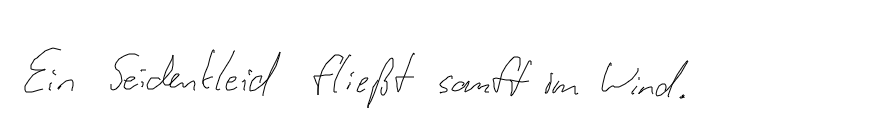
Ein Seidenkleid fließt sanft im Wind.